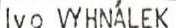
Ivo VYHNÁLEK